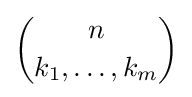
{n \choose k_{1},\dots ,k_{m}}